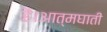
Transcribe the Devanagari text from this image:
है।आत्मघाती